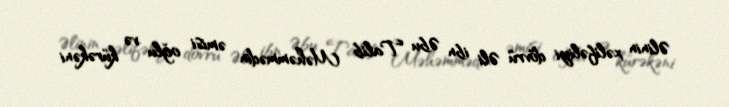
Əlinin xəlifəliyi dövrü Əli ibn Əbu Talib Məhəmmədin əmisi oğlu və kürəkəni